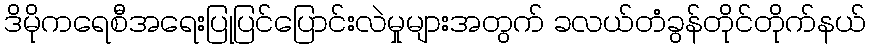
ဒိမိုကရေစီအရေးပြုပြင်ပြောင်းလဲမှုများအတွက် ခလယ်တံခွန်တိုင်တိုက်နယ်